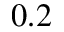
0 . 2